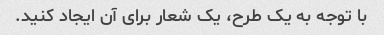
با توجه به یک طرح، یک شعار برای آن ایجاد کنید.